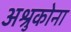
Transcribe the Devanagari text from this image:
अश्रुकोना